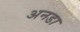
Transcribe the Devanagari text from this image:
अनडा